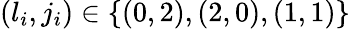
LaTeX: (l_{i},j_{i})\in\{ (0,2),(2,0),(1,1)\}